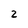
Character: 2